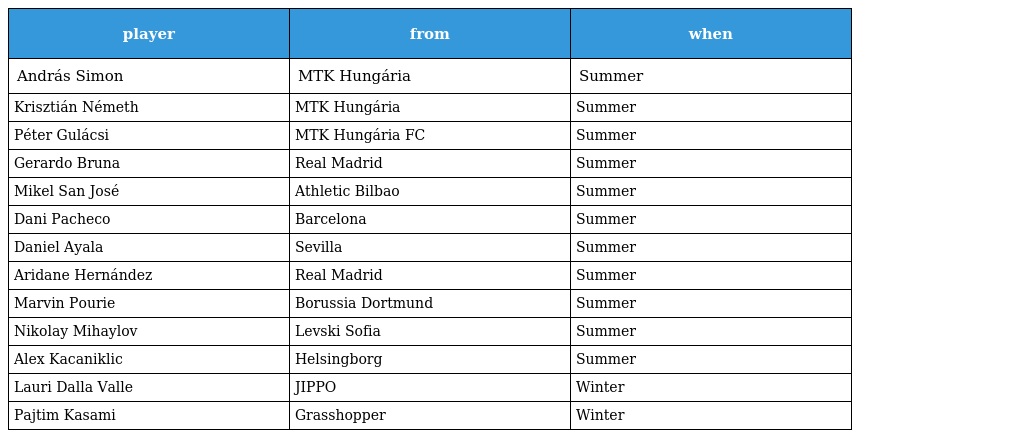
| player | from | when |
 | --- | --- | --- |
 | András Simon | MTK Hungária | Summer |
 | Krisztián Németh | MTK Hungária | Summer |
 | Péter Gulácsi | MTK Hungária FC | Summer |
 | Gerardo Bruna | Real Madrid | Summer |
 | Mikel San José | Athletic Bilbao | Summer |
 | Dani Pacheco | Barcelona | Summer |
 | Daniel Ayala | Sevilla | Summer |
 | Aridane Hernández | Real Madrid | Summer |
 | Marvin Pourie | Borussia Dortmund | Summer |
 | Nikolay Mihaylov | Levski Sofia | Summer |
 | Alex Kacaniklic | Helsingborg | Summer |
 | Lauri Dalla Valle | JIPPO | Winter |
 | Pajtim Kasami | Grasshopper | Winter |